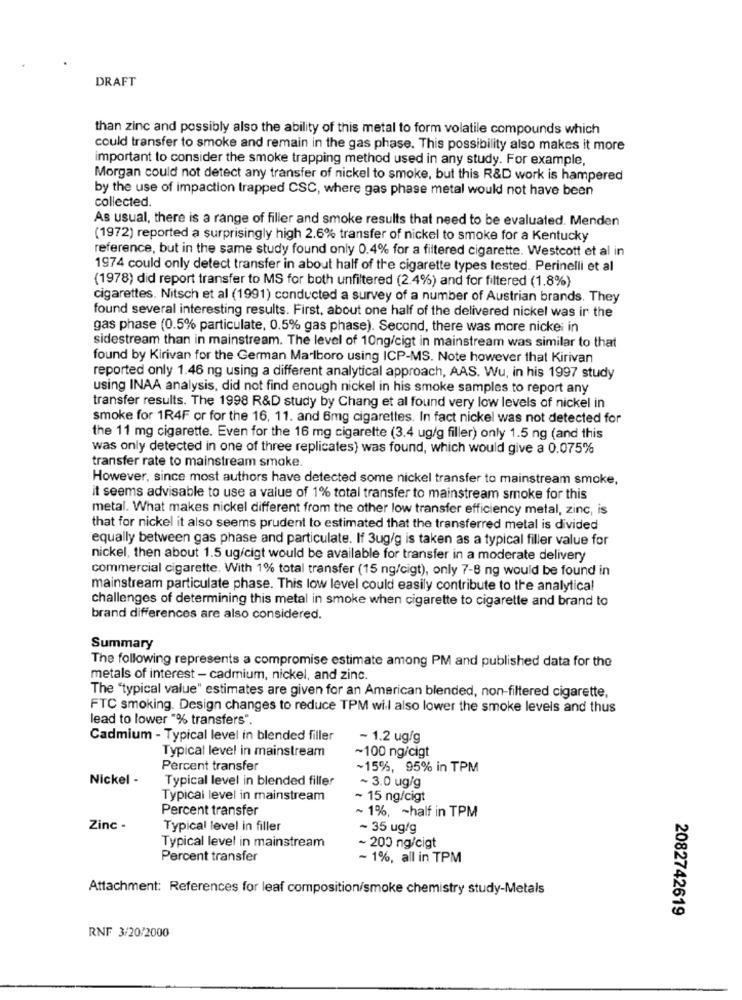
DRAFT
than zinc and possibly also the ability of this metal to form volatile compounds which
could transfer to smoke and remain in the gas phase. This possibility also makes it more
important to consider the smoke trapping method used in any study. For example,
Morgan could not detect any transfer of nickel to smoke, but this R&D work is hampered
by the use of impaction trapped CSC, where gas phase metal would not have been
collected.
As usual, there is a range of filler and smoke results that need to be evaluated. Menden
(1972) reported a surprisingly high 2.6% transfer of nickel to smoke for a Kentucky
reference, but in the same study found only 0.4% for a filtered cigarette. Westcott et al in
1974 could only detect transfer in about half of the cigarette types tested. Perinelli et al
(1978) did report transfer to MS for both unfiltered (2.4%) and for filtered (1.8%)
cigarettes. Nitsch et al (1991) conducted a survey of a number of Austrian brands. They
found several interesting results. First, about one half of the delivered nickel was ir the
gas phase (0.5% particulate, 0.5% gas phase). Second, there was more nickei in
sidestream than in mainstream. The level of 10ng/cigt in mainstream was similar to that
found by Kirivan for the German Marlboro using ICP-MS. Note however that Kirivan
reported only 1.46 ng using a different analytical approach, AAS. Wu, in his 1997 study
using INAA analysis, did not find enough nickel in his smoke samples to report any
transfer results. The 1998 R&D study by Chang et al found very low levels of nickel in
smoke for 1R4F or for the 16, 11. and 6mg cigarettes. In fact nickel was not detected for
the 11 mg cigarette. Even for the 16 mg cigarette (3.4 ug/g filler) only 1.5 ng (and this
was only detected in one of three replicates) was found, which would give a 0.075%
transfer rate to mainstream smoke.
However, since most authors have detected some nickel transfer to mainstream smoke,
it seems advisable to use a value of 1% total transfer to mainstream smoke for this
metal. What makes nickel different from the other low transfer efficiency metal, zinc, is
that for nickel it also seems prudent to estimated that the transferred metal is divided
equally between gas phase and particulate. If 3ug/g is taken as a typical filler value for
nickel, then about 1.5 ug/cigt would be available for transfer in a moderate delivery
commercial cigarette. With 1% total transfer (15 ng/cigt), only 7-8 ng would be found in
mainstream particulate phase. This low level could easily contribute to the analytical
challenges of determining this metal in smoke when cigarette to cigarette and brand to
brand differences are also considered.
Summary
The following represents a compromise estimate among PM and published data for the
metals of interest - cadmium, nickel, and zinc.
The "typical value" estimates are given for an American blended, non-filtered cigarette,
FTC smoking. Design changes to reduce TPM will also lower the smoke levels and thus
lead to lower "% transfers".
Cadmium - Typical level in blended filler
- 1.2 ug/g
Typical level in mainstream
~100 ng/cigt
Percent transfer
~15%, 95% in TPM
Nickel -
Typical level in blended filler
~ 3.0 ug/g
Typical level in mainstream
- 15 ng/cigt
Percent transfer
~ 1%, - half in TPM
Zinc -
Typical level in filler
~ 35 ug/g
Typical level in mainstream
~ 200 ng/cigt
Percent transfer
~ 1%, all in TPM
Attachment: References for leaf composition/smoke chemistry study-Metals
2082742619
RNF 3/20/2000